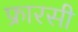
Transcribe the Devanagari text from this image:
फ्रारसी